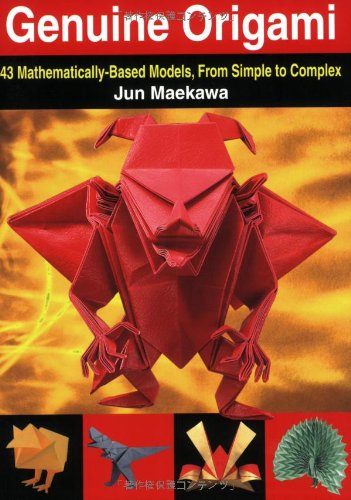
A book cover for Genuine Origami: 43 Mathematically-Based Models, From Simple to Complex; Jun Maekawa; Crafts, Hobbies & Home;